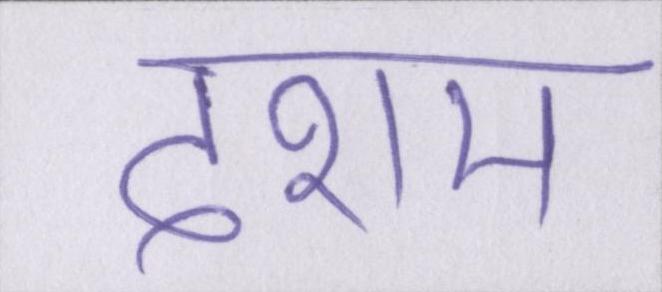
देशम